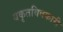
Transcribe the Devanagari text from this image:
यकृतविषकारी